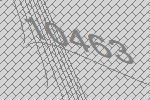
10463